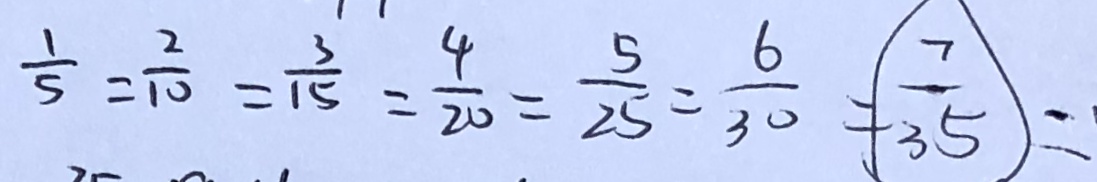
\frac { 1 } { 5 } = \frac { 2 } { 1 0 } = \frac { 3 } { 1 5 } = \frac { 4 } { 2 0 } = \frac { 5 } { 2 5 } = \frac { 6 } { 3 0 } = \frac { 7 } { 3 5 } =